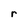
Character: r